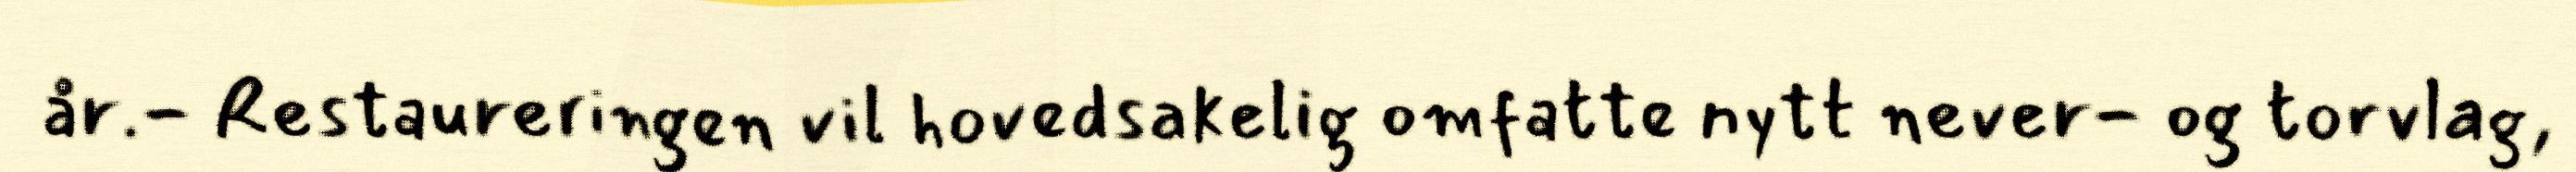
år.- Restaureringen vil hovedsakelig omfatte nytt never- og torvlag,